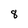
Character: 8